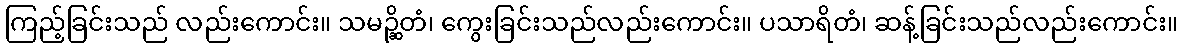
ကြည့်ခြင်းသည် လည်းကောင်း။ သမဉ္ဆိတံ၊ ကွေးခြင်းသည်လည်းကောင်း။ ပသာရိတံ၊ ဆန့်ခြင်းသည်လည်းကောင်း။